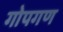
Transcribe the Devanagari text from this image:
गोपगण